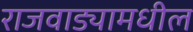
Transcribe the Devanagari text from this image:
राजवाड्यामधील